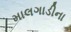
માલગાડીના